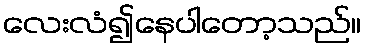
လေးလံ၍နေပါတော့သည်။